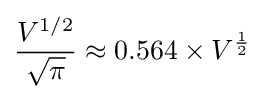
{\frac {V^{1/2}}{\sqrt {\pi }}}\approx 0.564\times V^{\frac {1}{2}}